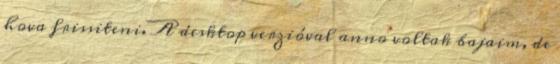
hova frissiteni. A desktop verzióval anno voltak bajaim, de